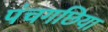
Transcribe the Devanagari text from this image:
पंचगछिया